Lunatic asylums Burma 1907-21 - 1907-1921
Year: 1907
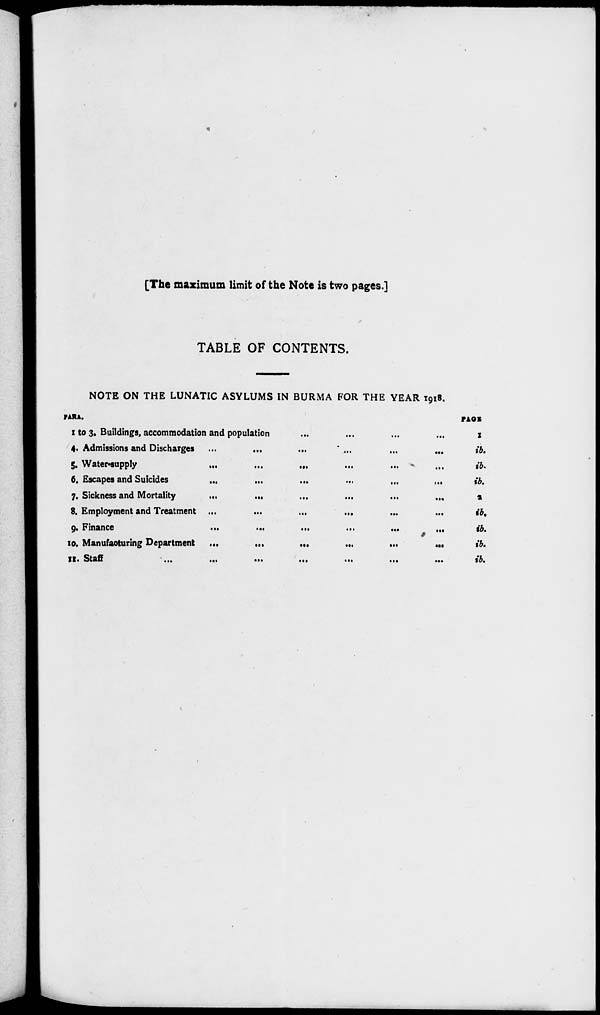
[The maximum limit of the Note is two pages.]
TABLE OF CONTENTS.
NOTE ON THE LUNATIC ASYLUMS IN BURMA FOR THE YEAR 1918.
PARA.
1 to 3. Buildings, accommodation and population ... ... ... ...
4. Admissions and Discharges ...
...
...
...
...
...
5. Water-supply
...
...
... ... ... ...
6. Escapes and Suicides
...
...
...
...
...
...
7. Sickness and Mortality
...
...
...
...
...
...
8. Employment and Treatment ...
...
...
...
...
...
9. Finance
...
...
...
...
...
...
10. Manufacturing Department
...
...
...
...
...
...
11. Staff
...
...
...
...
...
...
...
PAGE
1
ib.
ib.
ib.
2
ib.
ib.
ib.
ib.